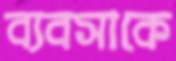
ব্যবসাকে